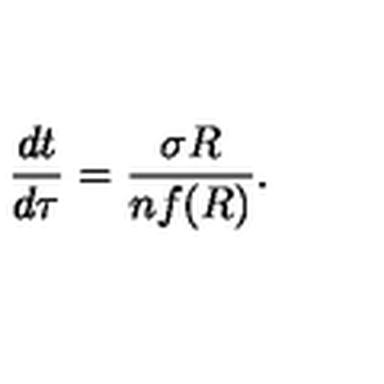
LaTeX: \frac { d t } { d \tau } = \frac { \sigma R } { n f ( R ) } .